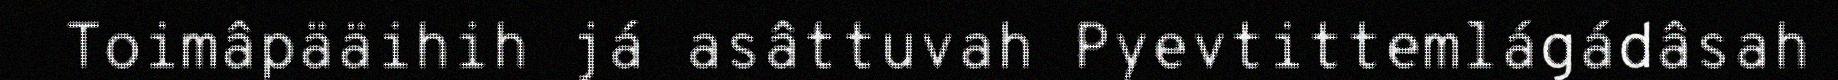
Toimâpääihih já asâttuvah Pyevtittemlágádâsah